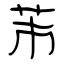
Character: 芾